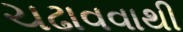
ચઢાવવાથી